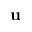
\mathbf { u }